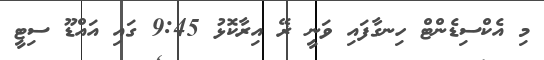
މި އެކްސިޑެންޓް ހިނގާފައި ވަނީ ޜޭ އިރާކޮޅު 9:45 ގައި އައްޑޫ ސިޓީ